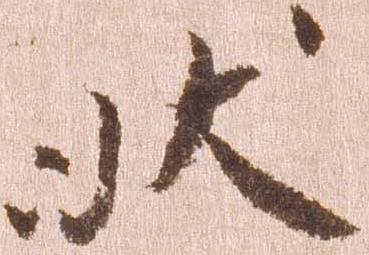
状